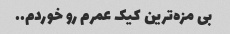
بی مزه‌ترین کیک عمرم رو خوردم..